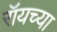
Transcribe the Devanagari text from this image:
रॉयच्या